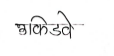
मजकूर: उकिडवे